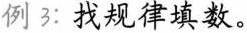
例3：找规律填数。